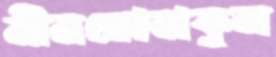
মীনক্ষোভাকুল